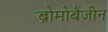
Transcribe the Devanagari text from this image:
ब्रोमोबैंज़ीन